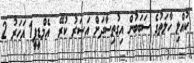
ކުއްލި ހާލަތުގެ ސަބަބުން އިގުތިސާދަށް އަސަރު ކުރޭ  އެމްޑީޕީ1 އަހަރު 2